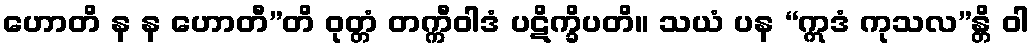
ဟောတိ န န ဟောတီ”တိ ဝုတ္တံ တက္ကီဝါဒံ ပဋိက္ခိပတိ။ သယံ ပန “ဣဒံ ကုသလ”န္တိ ဝါ